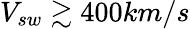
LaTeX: V_{sw}\gtrsim 400km/s